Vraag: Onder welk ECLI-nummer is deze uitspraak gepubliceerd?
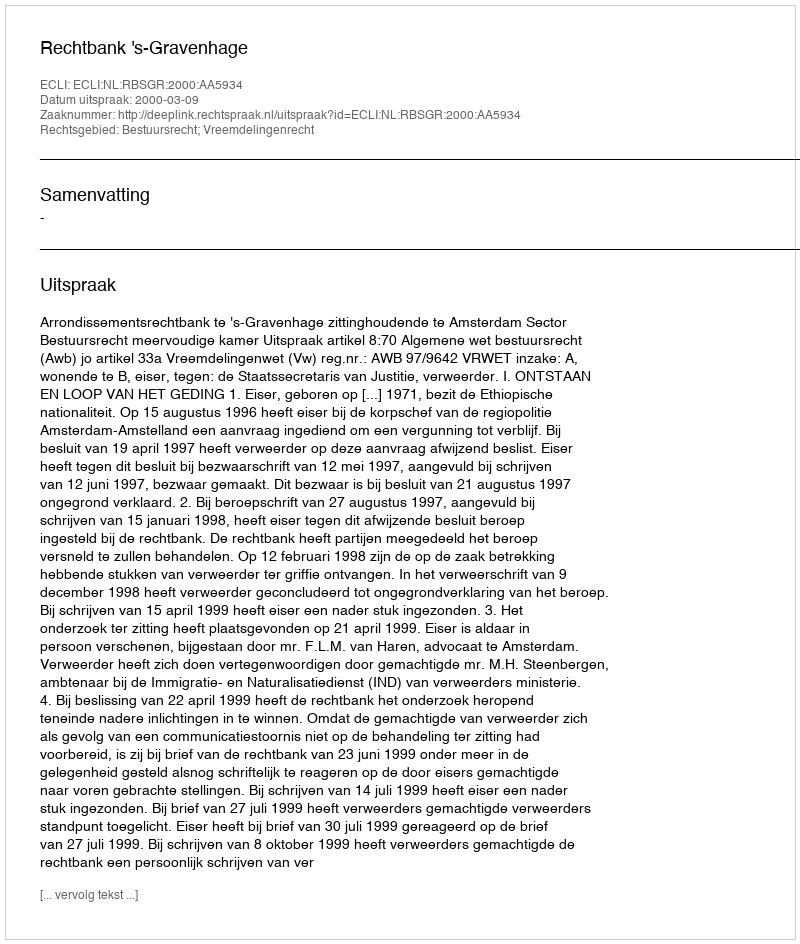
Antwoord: ECLI:NL:RBSGR:2000:AA5934